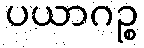
ပယာဂဉ္စ